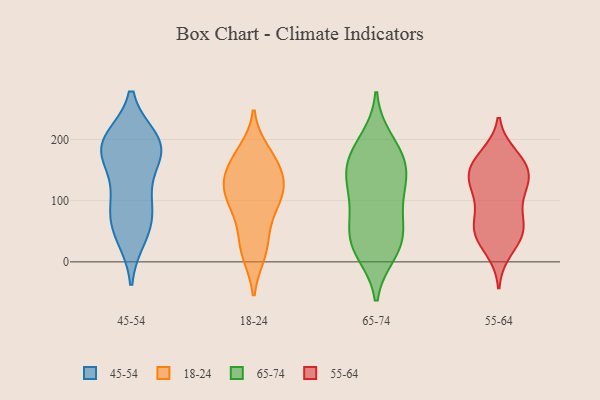
{"axis": {"x": "Gross Profit (USD K)", "y": "Value"}, "legend": ["18-24", "45-54", "55-64", "65-74"], "data": [{"x": "", "y": 57, "type": "45-54"}, {"x": "", "y": 181, "type": "45-54"}, {"x": "", "y": 193, "type": "45-54"}, {"x": "", "y": 106, "type": "45-54"}, {"x": "", "y": 191, "type": "45-54"}, {"x": "", "y": 43, "type": "45-54"}, {"x": "", "y": 68, "type": "45-54"}, {"x": "", "y": 102, "type": "45-54"}, {"x": "", "y": 177, "type": "45-54"}, {"x": "", "y": 181, "type": "45-54"}, {"x": "", "y": 198, "type": "45-54"}, {"x": "", "y": 161, "type": "18-24"}, {"x": "", "y": 108, "type": "18-24"}, {"x": "", "y": 134, "type": "18-24"}, {"x": "", "y": 12, "type": "18-24"}, {"x": "", "y": 56, "type": "18-24"}, {"x": "", "y": 84, "type": "18-24"}, {"x": "", "y": 135, "type": "18-24"}, {"x": "", "y": 181, "type": "18-24"}, {"x": "", "y": 91, "type": "18-24"}, {"x": "", "y": 114, "type": "18-24"}, {"x": "", "y": 33, "type": "18-24"}, {"x": "", "y": 159, "type": "18-24"}, {"x": "", "y": 12, "type": "18-24"}, {"x": "", "y": 175, "type": "18-24"}, {"x": "", "y": 128, "type": "18-24"}, {"x": "", "y": 114, "type": "18-24"}, {"x": "", "y": 106, "type": "65-74"}, {"x": "", "y": 47, "type": "65-74"}, {"x": "", "y": 200, "type": "65-74"}, {"x": "", "y": 188, "type": "65-74"}, {"x": "", "y": 76, "type": "65-74"}, {"x": "", "y": 159, "type": "65-74"}, {"x": "", "y": 134, "type": "65-74"}, {"x": "", "y": 159, "type": "65-74"}, {"x": "", "y": 35, "type": "65-74"}, {"x": "", "y": 32, "type": "65-74"}, {"x": "", "y": 118, "type": "65-74"}, {"x": "", "y": 68, "type": "65-74"}, {"x": "", "y": 15, "type": "65-74"}, {"x": "", "y": 14, "type": "65-74"}, {"x": "", "y": 139, "type": "65-74"}, {"x": "", "y": 168, "type": "65-74"}, {"x": "", "y": 157, "type": "55-64"}, {"x": "", "y": 128, "type": "55-64"}, {"x": "", "y": 82, "type": "55-64"}, {"x": "", "y": 115, "type": "55-64"}, {"x": "", "y": 158, "type": "55-64"}, {"x": "", "y": 47, "type": "55-64"}, {"x": "", "y": 173, "type": "55-64"}, {"x": "", "y": 124, "type": "55-64"}, {"x": "", "y": 69, "type": "55-64"}, {"x": "", "y": 51, "type": "55-64"}, {"x": "", "y": 19, "type": "55-64"}, {"x": "", "y": 164, "type": "55-64"}, {"x": "", "y": 127, "type": "55-64"}, {"x": "", "y": 46, "type": "55-64"}, {"x": "", "y": 147, "type": "55-64"}, {"x": "", "y": 47, "type": "55-64"}]}